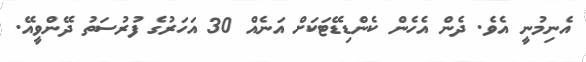
އެނިމުނީ އެވެ. ދެން އެެހެން ކެންޑިޑޭޓަކަށް އަނެއް 30 އަހަރުގެ ފުރުސަތު ދޭންވީއޭ.